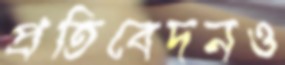
প্রতিবেদনও